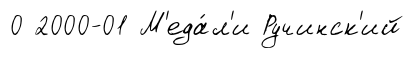
0 2000-01 М'еда́л'и Ручинск'ий